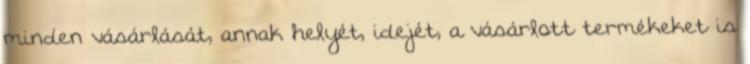
minden vásárlását, annak helyét, idejét, a vásárlott termékeket is